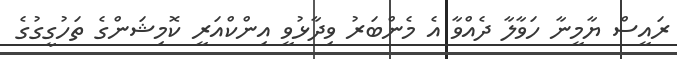
ރައީސް ޔާމީނާ ހަވާލާ ދެއްވާ އެ މެންބަރު ވިދާޅުވީ އިންކްއަރީ ކޮމިޝަންގެ ތަހުގީގުގެ